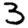
Digit: 3